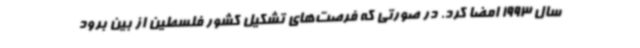
سال 1993 امضا کرد. در صورتی که فرصت‌های تشکیل کشور فلسطین از بین برود